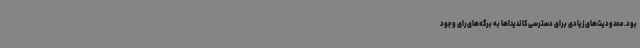
بود. محدودیت‌های زیادی برای دسترسی کاندیداها به برگه‌های رای وجود